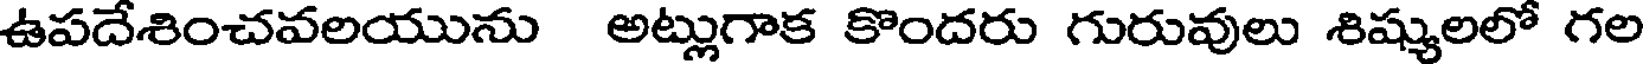
ఉపదేశించవలయును అట్లుగాక కొందరు గురువులు శిష్యులలో గల